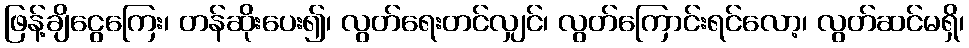
ဖြန့်ချိငွေကြေး၊ တန်ဆိုးပေး၍၊ လွတ်ရေးတင်လျှင်၊ လွတ်ကြောင်းရင်လော့၊ လွတ်ဆင်မရှိ၊